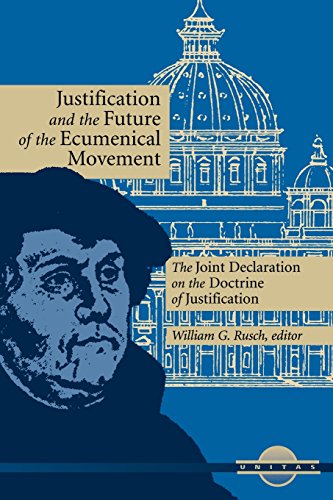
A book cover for Justification and the Future of the Ecumenical Movement: The Joint Declaration on the Doctrine of Justification (Unitas); George Lindbeck; Christian Books & Bibles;